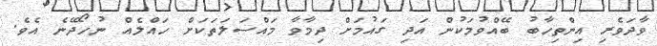
ވާދަވެރި އިންތިހާބު ބޭއްވުމަކުން އަދި ގައުމަށް ދިމާވާ މައްސަލަތަކަށް ހައްލެއް ނުހޯދޭނެ އެވެ.